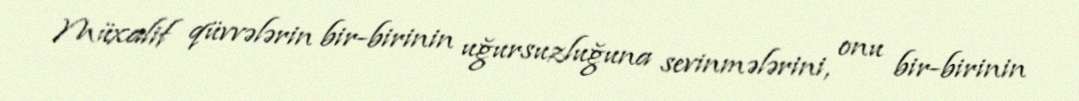
Müxalif qüvvələrin bir-birinin uğursuzluğuna sevinmələrini, onu bir-birinin